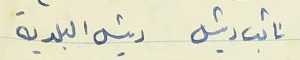
1 ناتب وئيل ريشل البلدية